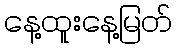
နေ့ထူးနေ့မြတ်